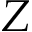
Z